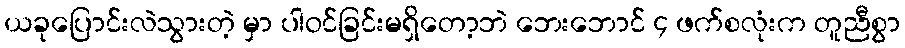
ယခုပြောင်းလဲသွားတဲ့ မှာ ပါဝင်ခြင်းမရှိတော့ဘဲ ဘေးဘောင် ၄ ဖက်စလုံးက တူညီစွာ